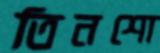
তিনশো